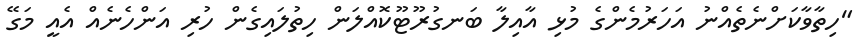
"ހިތާވާކަށްނެތެއްނު އަހަރުމެންގެ މުޅި އާއިލާ ބަނގުރޫޓޫކޮއްލަން ހިތުލައިގެން ހުރި އަންހެނެއް އެއީ މަގޭ